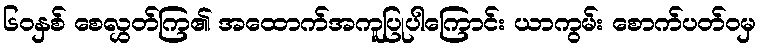
၆၀နှစ် စေလွှတ်ကြ၏ အထောက်အကူပြုပါကြောင်း ယာကွမ်း စောက်ပတ်ဝမှ